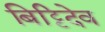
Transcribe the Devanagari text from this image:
बिट्टिदेव